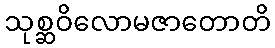
သုစ္ဆဝိလောမဇာတောတိ